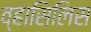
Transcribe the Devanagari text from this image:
व्हासिलिस